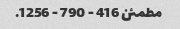
مطمئن 416 - 790 - 1256.